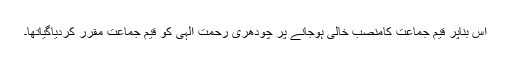
اس بناپر قیم جماعت کامنصب خالی ہوجانے پر چودھری رحمت الٰہی کو قیم جماعت مقرر کردیاگیاتھا۔